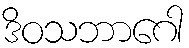
ဒိဝသဘာဂေါ